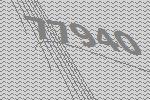
77940